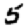
Digit: 5